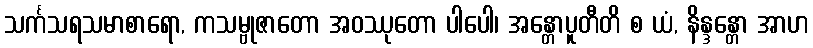
သင်္ကသရသမာစာရော, ကသမ္ဗုဇာတော အဝဿုတော ပါပေါ၊ အန္တောပူတီတိ စ ယံ, နိန္ဒန္တော အာဟ